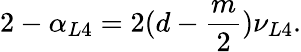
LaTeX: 2-\alpha_{L4}=2(d-\frac{m}{2})\nu_{L4}.